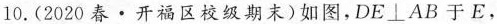
10.(2020春·开福区校级期末)如图，$$DE\bot AB$$于E，